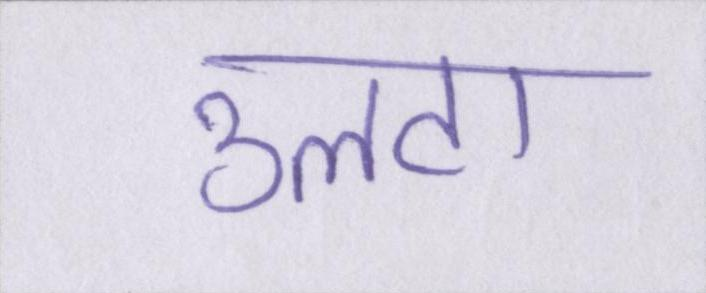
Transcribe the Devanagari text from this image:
उलटा